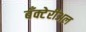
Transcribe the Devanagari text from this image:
बँक्टेरीअल